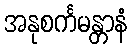
အနုစင်္ကမန္တာနံ